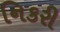
નિકરી